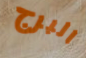
البرج